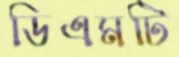
ডিএমটি